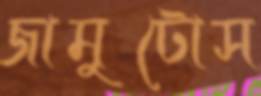
জামুটোস